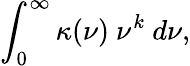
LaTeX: \int_{0}^{\infty}\kappa(\nu)~\nu^{k}~d\nu,